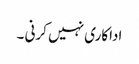
اداکاری نہیں کرنی ۔